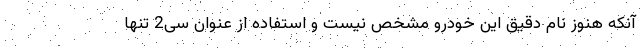
آنکه هنوز نام دقیق این خودرو مشخص نیست و استفاده از عنوان سی2 تنها